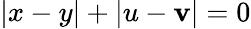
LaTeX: |x-y|+|u-\mathbf{v}|=0